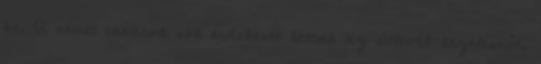
be. A német tanárok sok érdekeset láttak az útlevél-kezelésről,